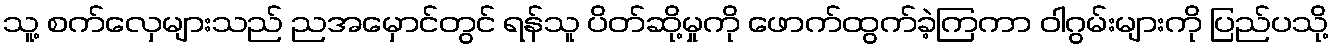
သူ့ စက်လှေများသည် ညအမှောင်တွင် ရန်သူ ပိတ်ဆို့မှုကို ဖောက်ထွက်ခဲ့ကြကာ ဝါဂွမ်းများကို ပြည်ပသို့